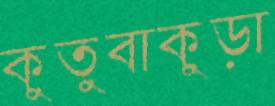
কুতুবাকুড়া